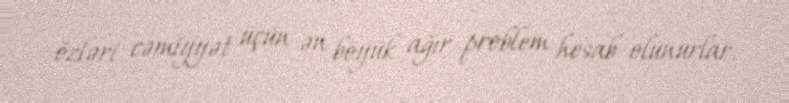
özləri cəmiyyət üçün ən böyük ağır problem hesab olunurlar.